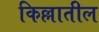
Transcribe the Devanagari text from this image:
किल्लातील